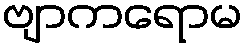
ဗျာကရောမ